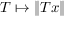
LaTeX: T \mapsto \| T x \|